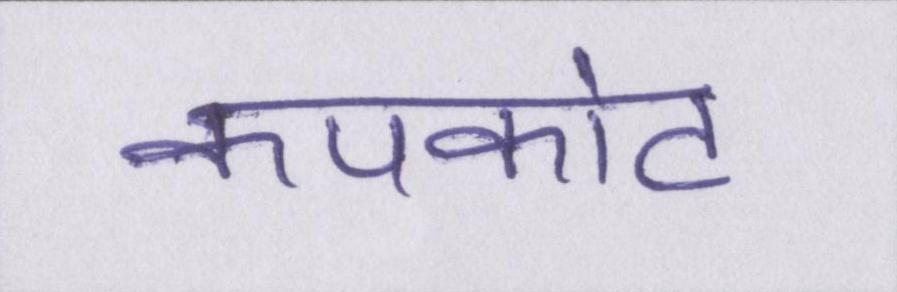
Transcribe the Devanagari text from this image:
कपकोट